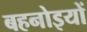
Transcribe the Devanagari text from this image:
बहनोइयों